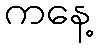
ကနေ့